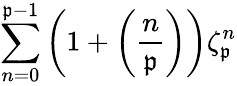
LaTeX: \sum_{n=0}^{\mathfrak{p}-1}\left(1+\left({\frac{{n}}{{\mathfrak{p}}}}\right)\right)\zeta_{\mathfrak{p}}^{n}